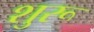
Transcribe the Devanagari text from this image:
शुरू